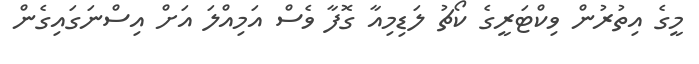
މީގެ އިތުރުން ވިކްޓަރީގެ ކޯޗު ލަޑިމިއާ ގޮފާ ވެސް އަމިއްލަ އަށް އިސްނަގައިގެން